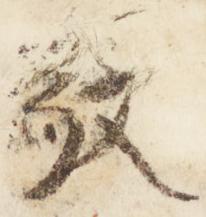
敬